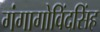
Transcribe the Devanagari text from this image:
गंगागोविंदसिंह